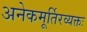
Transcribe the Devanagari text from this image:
अनेकमूर्तिरव्यक्तः